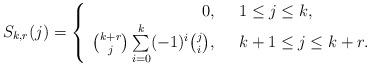
LaTeX: \begin{align*}S_{k, r}(j)={\left\{\begin{array}{rl}0,\ \ &1\le j\le k,\\\binom{k+r}{j}\sum\limits_{i=0}^k(-1)^i\binom{j}{i},\ \ &k+1\le j\le k+r.\end{array}\right.}\end{align*}